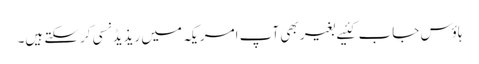
ہاؤس جاب کئیے بغیر بھی آپ امریکہ میں ریذیڈنسی کرسکتے ہیں۔